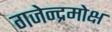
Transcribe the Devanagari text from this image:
गजेन्द्रमोक्ष